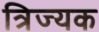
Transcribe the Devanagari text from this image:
त्रिज्यक